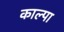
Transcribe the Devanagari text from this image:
काल्पा